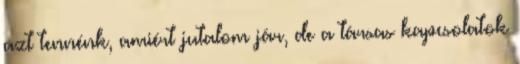
azt tennénk, amiért jutalom jár, de a társas kapcsolatok